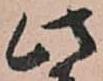
此